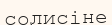
солисіне